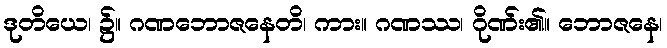
ဒုတိယေ၊ ၌။ ဂဏဘောဇနေတိ၊ ကား။ ဂဏဿ၊ ဂိုဏ်း၏။ ဘောဇနေ၊